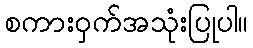
စကားဝှက်အသုံးပြုပါ။